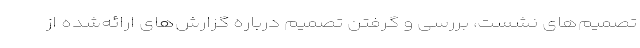
تصمیم‌های نشست، بررسی و گرفتن تصمیم درباره گزارش‌های ارائه‌شده از